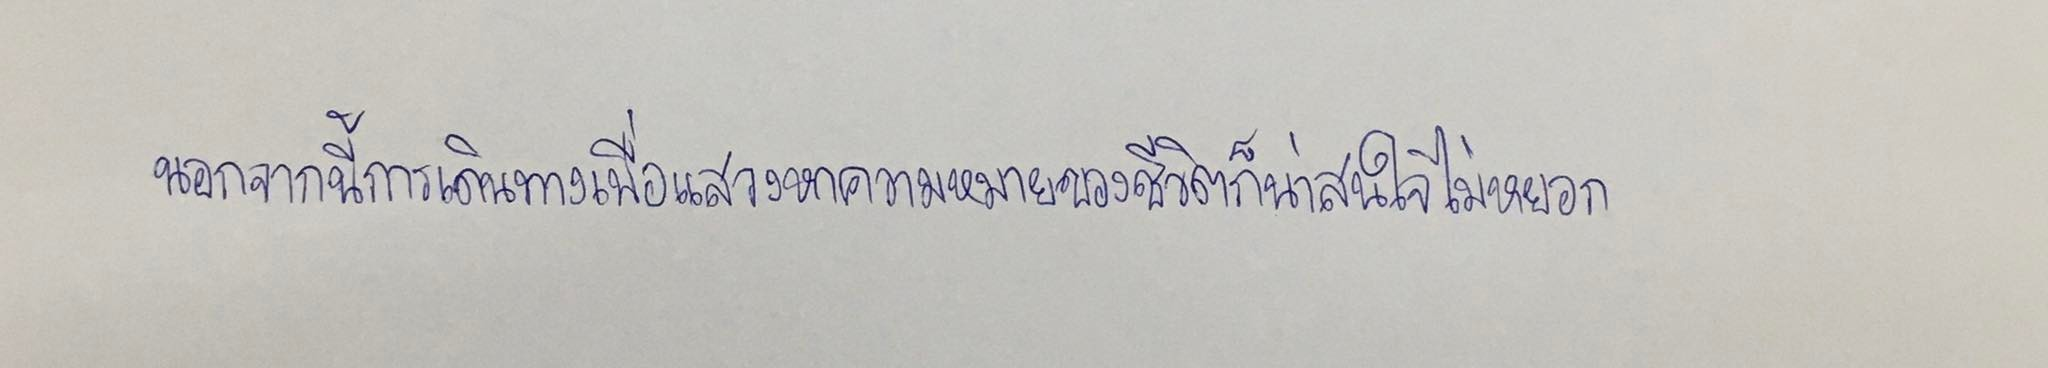
นอกจากนี้การเดินทางเพื่อแสวงหาความหมายของชีวิตก็น่าสนใจไม่หยอก